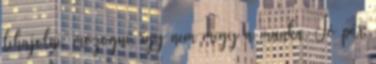
lehajolni, mozogni, így nem megy a munka. Jó pár